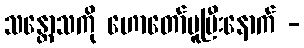
သန္တောသကို ဟောတော်မူပြီးနောက် -